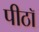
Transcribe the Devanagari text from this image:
पीठॉ